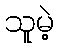
သူမဲ့